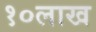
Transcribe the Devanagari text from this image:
१०लाख